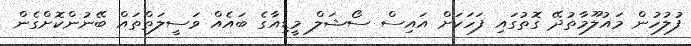
ފުލުހުން މައުލޫމާތުދޭ ގޮތުގައި ފަހަކަށް އައިސް ސޯޝަލް މީޑިއާގެ ބައެއް ވަސީލަތްތައް ބޭނުންކޮށްގެން